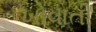
ખોવાતી